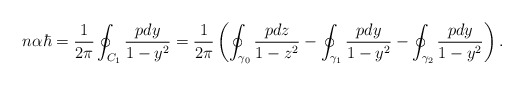
\begin{align*}n \alpha \hbar = \frac{1}{2 \pi}\oint_{ C_1} \frac {p dy} {1-y^2} = \frac {1}{2\pi}\left( \oint_{\gamma_0} \frac{p dz}{1-z^2} - \oint_{\gamma_1} \frac{p dy}{1-y^2} - \oint_{\gamma_2} \frac{p dy}{1-y^2} \right). \end{align*}